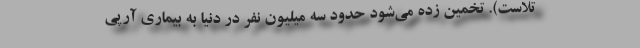
تلاست). تخمین زده می‌شود حدود سه میلیون نفر در دنیا به بیماری آرپی